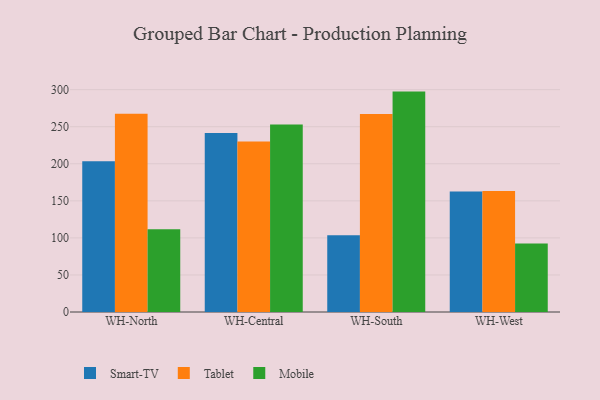
{"axis": {"x": "Warehouse", "y": "Gross Profit (USD K)"}, "legend": ["Mobile", "Smart-TV", "Tablet"], "data": [{"x": "WH-North", "y": 203.4, "type": "Smart-TV"}, {"x": "WH-North", "y": 267.4, "type": "Tablet"}, {"x": "WH-North", "y": 111.8, "type": "Mobile"}, {"x": "WH-Central", "y": 241.6, "type": "Smart-TV"}, {"x": "WH-Central", "y": 229.9, "type": "Tablet"}, {"x": "WH-Central", "y": 252.9, "type": "Mobile"}, {"x": "WH-South", "y": 103.6, "type": "Smart-TV"}, {"x": "WH-South", "y": 267.1, "type": "Tablet"}, {"x": "WH-South", "y": 297.4, "type": "Mobile"}, {"x": "WH-West", "y": 162.6, "type": "Smart-TV"}, {"x": "WH-West", "y": 163.3, "type": "Tablet"}, {"x": "WH-West", "y": 92.3, "type": "Mobile"}]}